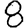
Digit: 8